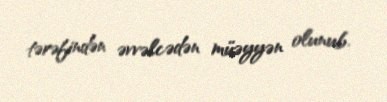
tərəfindən əvvəlcədən müəyyən olunub.